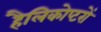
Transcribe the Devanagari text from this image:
हैलिकोप्‍टरों